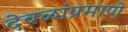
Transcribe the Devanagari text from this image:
देवळांप्रमाणे